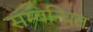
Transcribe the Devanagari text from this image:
सम्‍बन्‍धित